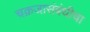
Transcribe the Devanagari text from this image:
चक्रजासंबंधीचा